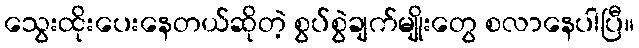
သွေးထိုးပေးနေတယ်ဆိုတဲ့ စွပ်စွဲချက်မျိုးတွေ စလာနေပါပြီ။